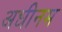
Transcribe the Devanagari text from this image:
अधीनम